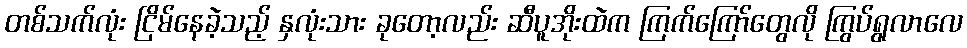
တစ်သက်လုံး ငြိမ်နေခဲ့သည့် နှလုံးသား ခုတော့လည်း ဆီပူအိုးထဲက ကြက်ကြော်တွေလို ကြွပ်ရွလာလေ